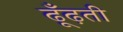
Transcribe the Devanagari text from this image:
ढूँढ़ती